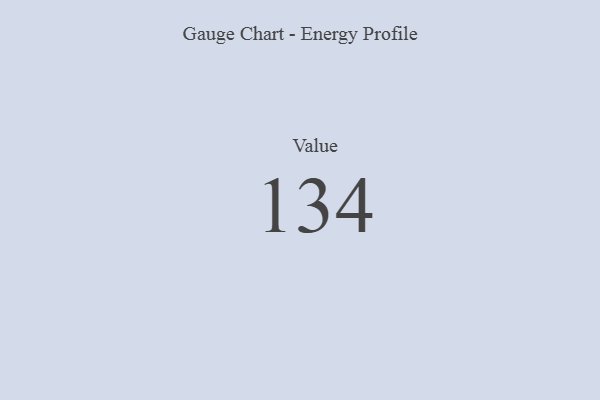
{"axis": {"x": "Metric", "y": "Value"}, "legend": [""], "data": [{"x": "Value", "y": 134, "type": ""}]}